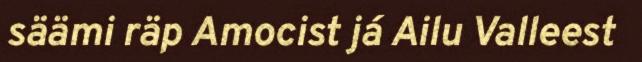
säämi räp Amocist já Ailu Valleest